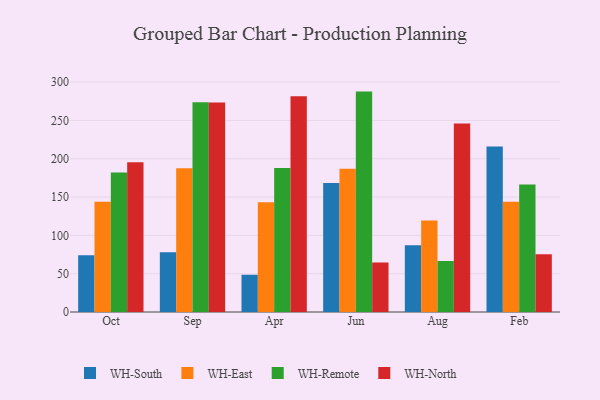
{"axis": {"x": "Month", "y": "Temperature (°C)"}, "legend": ["WH-East", "WH-North", "WH-Remote", "WH-South"], "data": [{"x": "Oct", "y": 73.9, "type": "WH-South"}, {"x": "Oct", "y": 143.9, "type": "WH-East"}, {"x": "Oct", "y": 182.0, "type": "WH-Remote"}, {"x": "Oct", "y": 195.4, "type": "WH-North"}, {"x": "Sep", "y": 78.1, "type": "WH-South"}, {"x": "Sep", "y": 187.5, "type": "WH-East"}, {"x": "Sep", "y": 273.6, "type": "WH-Remote"}, {"x": "Sep", "y": 273.4, "type": "WH-North"}, {"x": "Apr", "y": 48.6, "type": "WH-South"}, {"x": "Apr", "y": 143.3, "type": "WH-East"}, {"x": "Apr", "y": 188.0, "type": "WH-Remote"}, {"x": "Apr", "y": 281.6, "type": "WH-North"}, {"x": "Jun", "y": 168.2, "type": "WH-South"}, {"x": "Jun", "y": 187.0, "type": "WH-East"}, {"x": "Jun", "y": 287.6, "type": "WH-Remote"}, {"x": "Jun", "y": 64.6, "type": "WH-North"}, {"x": "Aug", "y": 87.2, "type": "WH-South"}, {"x": "Aug", "y": 119.4, "type": "WH-East"}, {"x": "Aug", "y": 66.7, "type": "WH-Remote"}, {"x": "Aug", "y": 245.9, "type": "WH-North"}, {"x": "Feb", "y": 215.8, "type": "WH-South"}, {"x": "Feb", "y": 143.9, "type": "WH-East"}, {"x": "Feb", "y": 166.5, "type": "WH-Remote"}, {"x": "Feb", "y": 75.3, "type": "WH-North"}]}